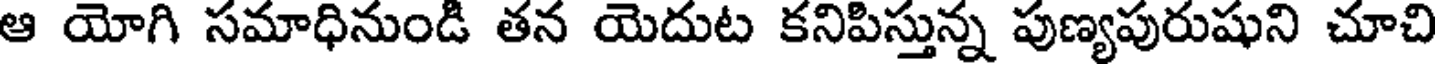
ఆ యోగి సమాధినుండి తన యెదుట కనిపిస్తున్న పుణ్యపురుషుని చూచి